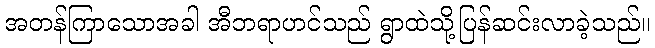
အတန်ကြာသောအခါ အီဘရာဟင်သည် ရွာထဲသို့ပြန်ဆင်းလာခဲ့သည်။